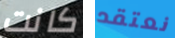
كانت نعتقد